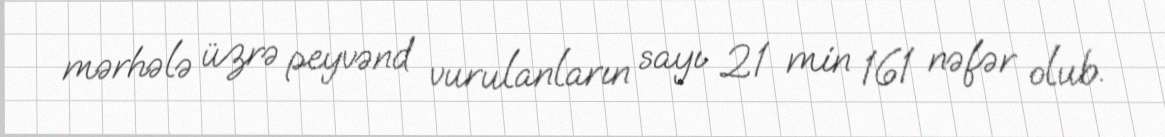
mərhələ üzrə peyvənd vurulanların sayı 21 min 161 nəfər olub.